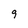
Character: 9